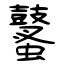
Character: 鼜